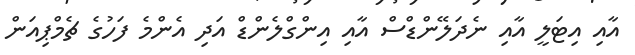
އާއި އިޓަލީ އާއި ނެދަލޭންޑްސް އާއި އިންގްލެންޑް އަދި އެންމެ ފަހުގެ ޗެމްޕިއަން